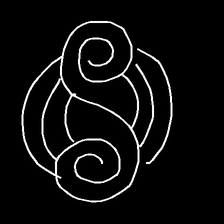
Glyph: wind-underfoot